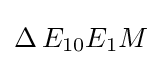
\Delta \,E_{10}E_{1}M